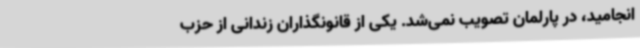
انجامید، در پارلمان تصویب نمی‌شد. یکی از قانونگذاران زندانی از حزب